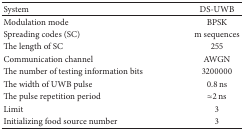
<table><thead><tr><td><b>System</b></td><td><b>DS-UWB</b></td></tr></thead><tbody><tr><td>Modulation mode</td><td>BPSK</td></tr><tr><td>Spreading codes (SC)</td><td>m sequences</td></tr><tr><td>The length of SC</td><td>255</td></tr><tr><td>Communication channel</td><td>AWGN</td></tr><tr><td>The number of testing information bits</td><td>3200000</td></tr><tr><td>The width of UWB pulse</td><td>0.8 ns</td></tr><tr><td>The pulse repetition period</td><td><i>≈</i>2 ns</td></tr><tr><td>Limit</td><td>3</td></tr><tr><td>Initializing food source number</td><td>3</td></tr></tbody></table>